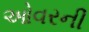
ઓવરની